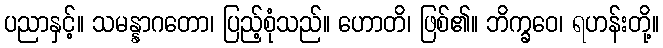
ပညာနှင့်။ သမန္နာဂတော၊ ပြည့်စုံသည်။ ဟောတိ၊ ဖြစ်၏။ ဘိက္ခဝေ၊ ရဟန်းတို့။